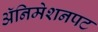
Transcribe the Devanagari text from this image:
अॅनिमेशनपट